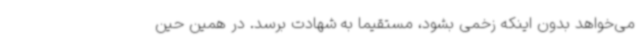
می‌خواهد بدون اینکه زخمی بشود، مستقیماً به شهادت برسد. در همین حین